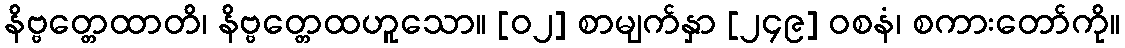
နိဗ္ဗတ္တေထာတိ၊ နိဗ္ဗတ္တေထဟူသော။ [၀၂] စာမျက်နှာ [၂၄၉] ဝစနံ၊ စကားတော်ကို။